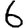
Digit: 6